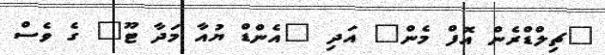
"ޗިލްޑްރެން އޮފް މެން" އަދި "އެންޑް ޔުއާ މަދާ ޓޫ" ގެ ވެސް